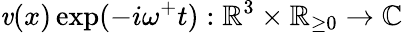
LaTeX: \mathit{v}(x)\exp(-i\omega^{+}t):\mathbb{{R}}^{3}\times\mathbb{{R}}_{\geq0}\rightarrow\mathbb{{C}}